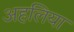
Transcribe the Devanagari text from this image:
अहलिया